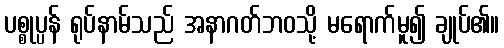
ပစ္စုပ္ပန် ရုပ်နာမ်သည် အနာဂတ်ဘဝသို့ မရောက်မူ၍ ချုပ်၏။